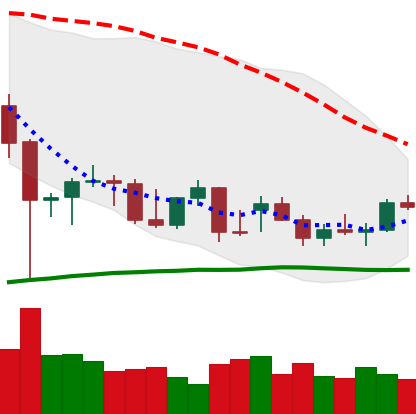
Ticker: BTC-USD
Chart end date: 2021-12-22
Forward return: 4.137%
Label: up_3_5